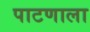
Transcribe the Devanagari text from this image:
पाटणाला